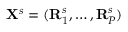
\mathbf X ^ { s } = ( \mathbf R _ { 1 } ^ { s } , \ldots , \mathbf R _ { P } ^ { s } )